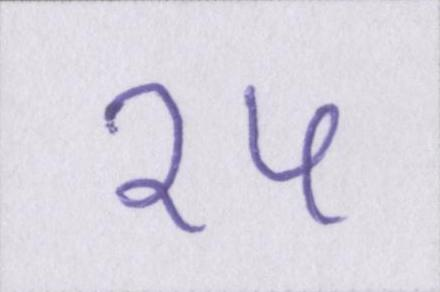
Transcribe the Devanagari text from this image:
१५